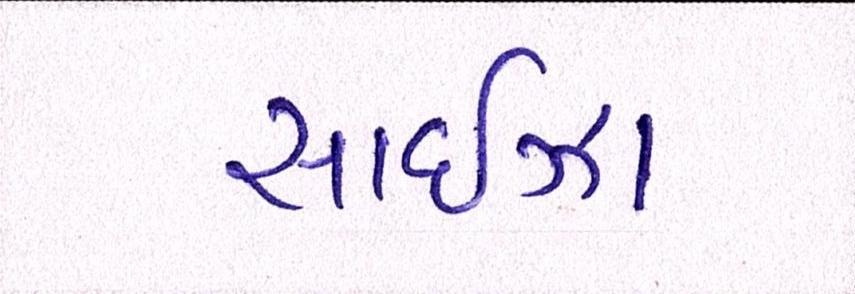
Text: સાઈઝા